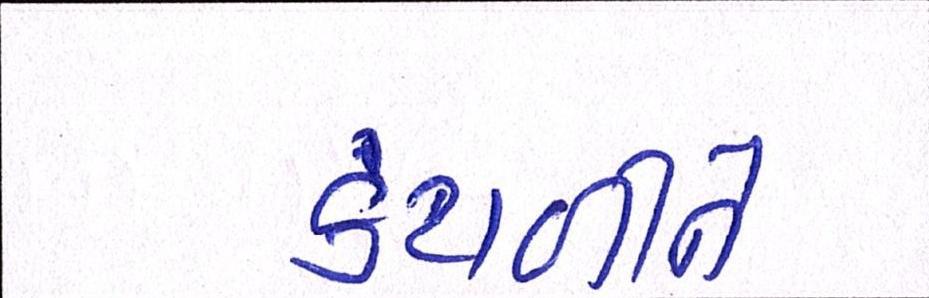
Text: કંટાળીને